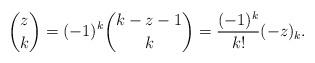
LaTeX: \begin{align*}\binom{z}{k}=(-1)^k\binom{k-z-1}{k}=\dfrac{(-1)^k}{k!}(-z)_k.\end{align*}